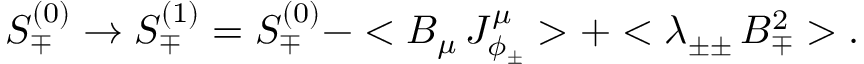
S _ { \mp } ^ { ( 0 ) } \rightarrow S _ { \mp } ^ { ( 1 ) } = S _ { \mp } ^ { ( 0 ) } - < B _ { \mu } \, J _ { \phi _ { \pm } } ^ { \mu } > + < \lambda _ { \pm \pm } \, B _ { \mp } ^ { 2 } > .